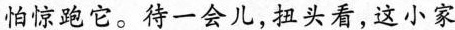
怕惊跑它。待一会儿，扭头看，这小家